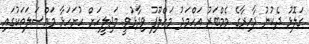
ގަލޮޅު ދެކުނު ދާއިރާގެ މެމްބަރު އަހްމަދު މަހްލޫފު ވިދާޅުވީ މަޖިލީހަށް ހުށަހަޅާ މައްސަލަތަކުގައި